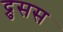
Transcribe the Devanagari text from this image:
द्रुसस